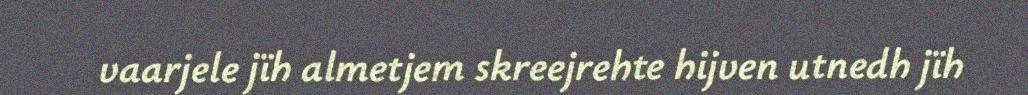
vaarjele jïh almetjem skreejrehte hijven utnedh jïh